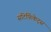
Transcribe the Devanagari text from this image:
सटिर्फिकेट्स